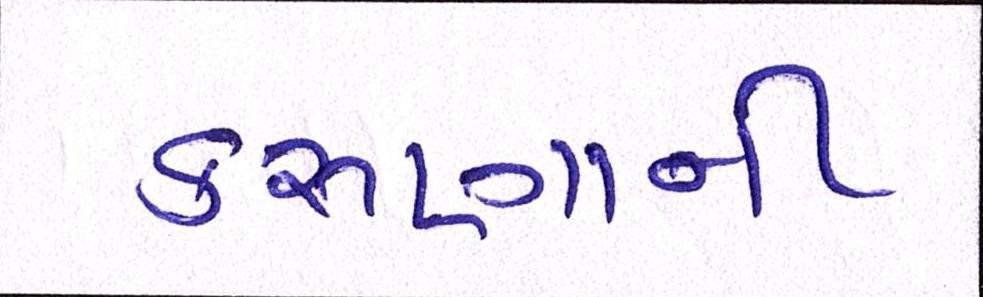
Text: કરુણાની